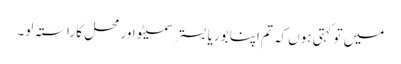
میں تو کہتی ہوں کہ تم اپنا بوریا بستر سمیٹو اور محل کا راستہ لو۔